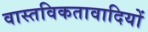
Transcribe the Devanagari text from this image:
वास्तविकतावादियों